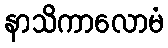
နာသိကာလောမံ